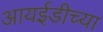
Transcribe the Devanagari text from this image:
आयईडीच्या